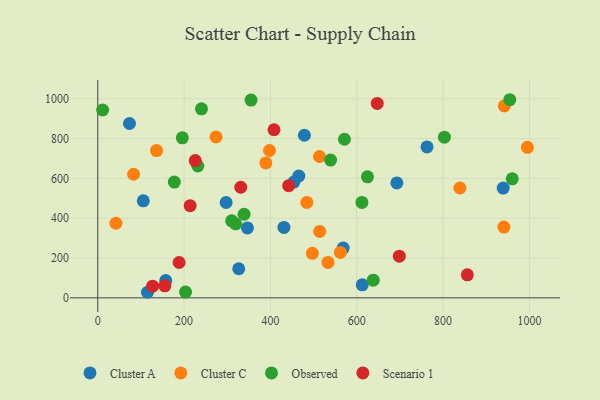
{"axis": {"x": "Engine Size", "y": "Demand"}, "legend": ["Cluster A", "Cluster C", "Observed", "Scenario 1"], "data": [{"x": "346.7", "y": 350.8, "type": "Cluster A"}, {"x": "115.2", "y": 27.9, "type": "Cluster A"}, {"x": "612.8", "y": 65.5, "type": "Cluster A"}, {"x": "326.6", "y": 146.1, "type": "Cluster A"}, {"x": "431.3", "y": 353.7, "type": "Cluster A"}, {"x": "297.3", "y": 478.7, "type": "Cluster A"}, {"x": "568.5", "y": 249.7, "type": "Cluster A"}, {"x": "939.2", "y": 551.3, "type": "Cluster A"}, {"x": "465.8", "y": 611.9, "type": "Cluster A"}, {"x": "692.9", "y": 577.2, "type": "Cluster A"}, {"x": "762.7", "y": 757.6, "type": "Cluster A"}, {"x": "157.5", "y": 86.8, "type": "Cluster A"}, {"x": "478.7", "y": 816.3, "type": "Cluster A"}, {"x": "105.5", "y": 486.9, "type": "Cluster A"}, {"x": "73.5", "y": 875.3, "type": "Cluster A"}, {"x": "454.3", "y": 581.4, "type": "Cluster A"}, {"x": "389.4", "y": 677.6, "type": "Cluster C"}, {"x": "484.4", "y": 479.3, "type": "Cluster C"}, {"x": "513.6", "y": 709.8, "type": "Cluster C"}, {"x": "941.8", "y": 963.7, "type": "Cluster C"}, {"x": "995.2", "y": 755.8, "type": "Cluster C"}, {"x": "940.8", "y": 355.2, "type": "Cluster C"}, {"x": "562.0", "y": 228.1, "type": "Cluster C"}, {"x": "497.1", "y": 223.5, "type": "Cluster C"}, {"x": "533.3", "y": 177.6, "type": "Cluster C"}, {"x": "274.0", "y": 808.0, "type": "Cluster C"}, {"x": "397.8", "y": 739.8, "type": "Cluster C"}, {"x": "514.1", "y": 333.3, "type": "Cluster C"}, {"x": "136.1", "y": 739.6, "type": "Cluster C"}, {"x": "82.9", "y": 620.5, "type": "Cluster C"}, {"x": "838.9", "y": 551.6, "type": "Cluster C"}, {"x": "42.1", "y": 375.1, "type": "Cluster C"}, {"x": "310.2", "y": 386.5, "type": "Observed"}, {"x": "203.4", "y": 29.1, "type": "Observed"}, {"x": "611.9", "y": 478.9, "type": "Observed"}, {"x": "638.1", "y": 88.8, "type": "Observed"}, {"x": "195.9", "y": 803.7, "type": "Observed"}, {"x": "339.0", "y": 419.6, "type": "Observed"}, {"x": "960.1", "y": 597.7, "type": "Observed"}, {"x": "539.3", "y": 691.9, "type": "Observed"}, {"x": "231.7", "y": 661.9, "type": "Observed"}, {"x": "954.5", "y": 994.8, "type": "Observed"}, {"x": "11.3", "y": 943.1, "type": "Observed"}, {"x": "624.7", "y": 607.7, "type": "Observed"}, {"x": "803.0", "y": 806.8, "type": "Observed"}, {"x": "319.4", "y": 371.6, "type": "Observed"}, {"x": "355.1", "y": 992.9, "type": "Observed"}, {"x": "571.5", "y": 796.2, "type": "Observed"}, {"x": "177.4", "y": 581.2, "type": "Observed"}, {"x": "240.3", "y": 949.0, "type": "Observed"}, {"x": "647.4", "y": 976.4, "type": "Scenario 1"}, {"x": "408.3", "y": 844.0, "type": "Scenario 1"}, {"x": "155.4", "y": 60.2, "type": "Scenario 1"}, {"x": "188.5", "y": 177.3, "type": "Scenario 1"}, {"x": "127.1", "y": 58.5, "type": "Scenario 1"}, {"x": "214.0", "y": 463.0, "type": "Scenario 1"}, {"x": "442.3", "y": 563.0, "type": "Scenario 1"}, {"x": "698.6", "y": 209.1, "type": "Scenario 1"}, {"x": "856.1", "y": 115.4, "type": "Scenario 1"}, {"x": "331.2", "y": 555.2, "type": "Scenario 1"}, {"x": "225.8", "y": 689.0, "type": "Scenario 1"}]}